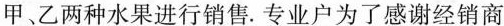
甲、乙两种水果进行销售.专业户为了感谢经销商